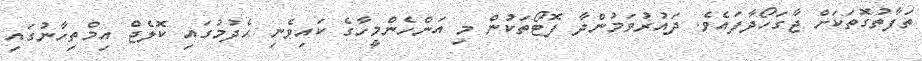
ތަފާތުގޮތަކަށް ޖާގަހޯދާފައެވެ. ދައުރުވަމުންދާ ފޮޓޯތަކުން މި އަންހެންމީހާގެ ކައިވެނި ހެދުމުގައި ކޮލެޖް އިމްތިހާނުގައި